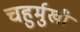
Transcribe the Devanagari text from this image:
चहुर्मुखी